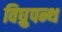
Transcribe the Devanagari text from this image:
विघ्रुपन्थ